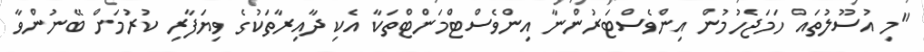
"މި އުސޫލުތައް ހަމަޖެހުމުން އިންވެސްޓަރުންނާ އިންވެސްޓްމަންޓްތަކާ އެކި ދާއިރާތަކުގެ ވިޔަފާރި ކުރުމަށް ބޭނުންވާ